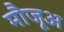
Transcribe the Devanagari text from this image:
मौजूअ